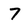
Character: 7